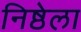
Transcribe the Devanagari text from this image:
निष्ठेला